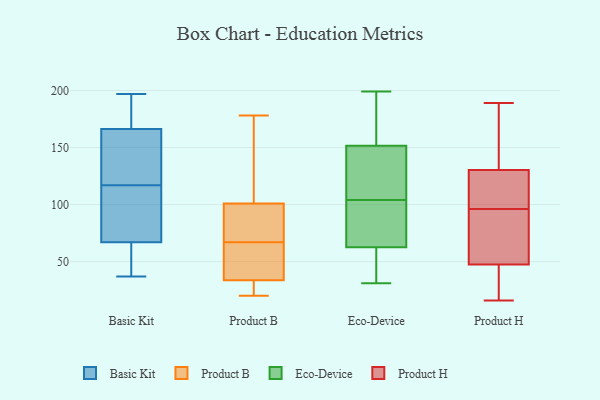
{"axis": {"x": "Inventory Turnover", "y": "Value"}, "legend": ["Basic Kit", "Eco-Device", "Product B", "Product H"], "data": [{"x": "", "y": 107, "type": "Basic Kit"}, {"x": "", "y": 44, "type": "Basic Kit"}, {"x": "", "y": 197, "type": "Basic Kit"}, {"x": "", "y": 67, "type": "Basic Kit"}, {"x": "", "y": 134, "type": "Basic Kit"}, {"x": "", "y": 160, "type": "Basic Kit"}, {"x": "", "y": 67, "type": "Basic Kit"}, {"x": "", "y": 37, "type": "Basic Kit"}, {"x": "", "y": 185, "type": "Basic Kit"}, {"x": "", "y": 122, "type": "Basic Kit"}, {"x": "", "y": 107, "type": "Basic Kit"}, {"x": "", "y": 117, "type": "Basic Kit"}, {"x": "", "y": 190, "type": "Basic Kit"}, {"x": "", "y": 88, "type": "Product B"}, {"x": "", "y": 156, "type": "Product B"}, {"x": "", "y": 33, "type": "Product B"}, {"x": "", "y": 64, "type": "Product B"}, {"x": "", "y": 34, "type": "Product B"}, {"x": "", "y": 67, "type": "Product B"}, {"x": "", "y": 178, "type": "Product B"}, {"x": "", "y": 87, "type": "Product B"}, {"x": "", "y": 20, "type": "Product B"}, {"x": "", "y": 56, "type": "Product B"}, {"x": "", "y": 33, "type": "Product B"}, {"x": "", "y": 140, "type": "Product B"}, {"x": "", "y": 69, "type": "Product B"}, {"x": "", "y": 123, "type": "Eco-Device"}, {"x": "", "y": 114, "type": "Eco-Device"}, {"x": "", "y": 121, "type": "Eco-Device"}, {"x": "", "y": 199, "type": "Eco-Device"}, {"x": "", "y": 189, "type": "Eco-Device"}, {"x": "", "y": 46, "type": "Eco-Device"}, {"x": "", "y": 94, "type": "Eco-Device"}, {"x": "", "y": 161, "type": "Eco-Device"}, {"x": "", "y": 88, "type": "Eco-Device"}, {"x": "", "y": 78, "type": "Eco-Device"}, {"x": "", "y": 52, "type": "Eco-Device"}, {"x": "", "y": 31, "type": "Eco-Device"}, {"x": "", "y": 149, "type": "Eco-Device"}, {"x": "", "y": 61, "type": "Eco-Device"}, {"x": "", "y": 64, "type": "Eco-Device"}, {"x": "", "y": 154, "type": "Eco-Device"}, {"x": "", "y": 116, "type": "Product H"}, {"x": "", "y": 67, "type": "Product H"}, {"x": "", "y": 183, "type": "Product H"}, {"x": "", "y": 41, "type": "Product H"}, {"x": "", "y": 189, "type": "Product H"}, {"x": "", "y": 135, "type": "Product H"}, {"x": "", "y": 96, "type": "Product H"}, {"x": "", "y": 103, "type": "Product H"}, {"x": "", "y": 16, "type": "Product H"}, {"x": "", "y": 72, "type": "Product H"}, {"x": "", "y": 21, "type": "Product H"}]}